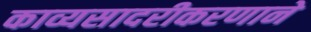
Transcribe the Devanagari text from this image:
काव्यसादरीकरणाने